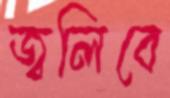
জ্বলিবে